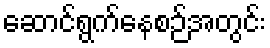
ဆောင်ရွက်နေစဉ်အတွင်း